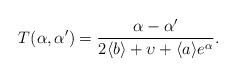
LaTeX: \begin{align*} T(\alpha, \alpha') = \frac{\alpha - \alpha'}{2 \langle b \rangle + \upsilon + \langle a \rangle e^{\alpha}}.\end{align*}